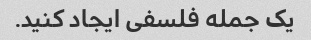
یک جمله فلسفی ایجاد کنید.